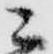
ニ